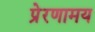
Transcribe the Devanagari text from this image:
प्रेरणामय